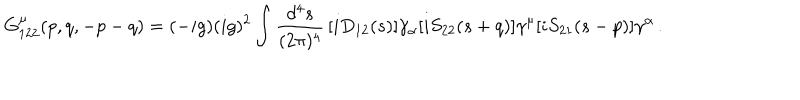
LaTeX: G _ { 1 2 2 } ^ { \mu } ( p , q , - p - q ) = ( - i g ) ( i g ) ^ { 2 } \int \frac { d ^ { 4 } s } { ( 2 \pi ) ^ { 4 } } \, [ i D _ { 1 2 } ( s ) ] \gamma _ { \alpha } [ i S _ { 2 2 } ( s + q ) ] \gamma ^ { \mu } [ i S _ { 2 1 } ( s - p ) ] \gamma ^ { \alpha } \, .